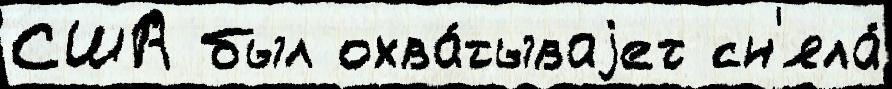
США был охва́тываjет сн'яла́